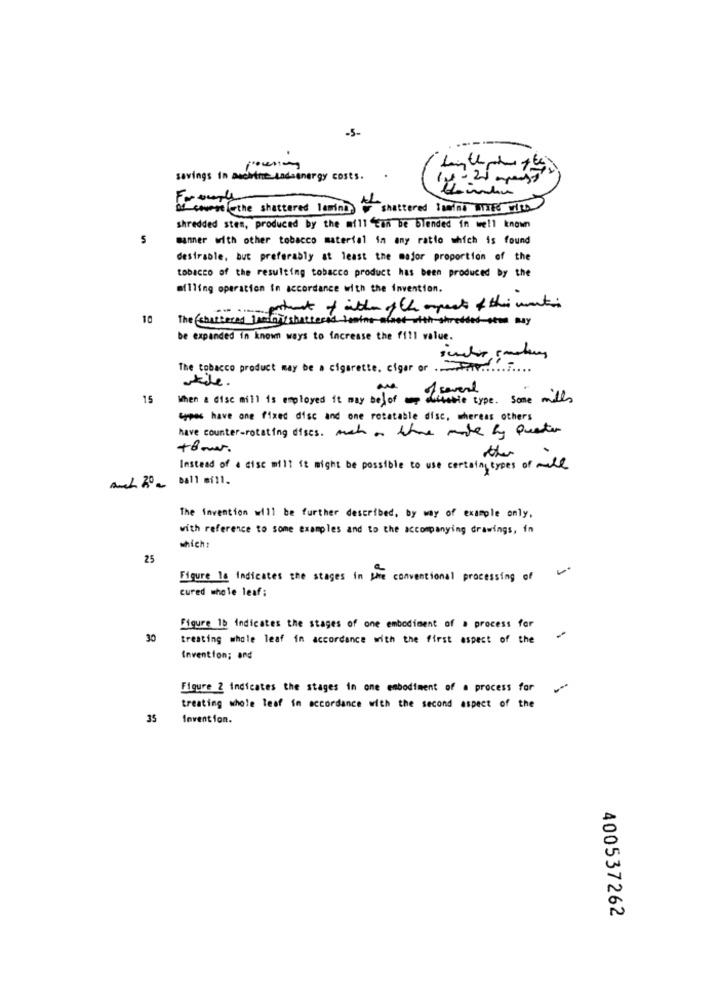
-5-
---
savings in machine Ladsenergy costs.
of course the shattered lamina shattered lowind WITH WILD
shredded stem, produced by the mill con be blended in well known
manner with other tobacco material in any ratio which is found
desirable, but preferably at least the major proportion of the
tobacco of the resulting tobacco product has been produced by the
aflling operation in accordance with the invention.
10
The chartered heinj shattered teatro met with shredded sto may
be expanded in known ways to increase the fill value.
The tobacco product may be a cigarette. cigar or .......
wkile .
15
When a disc mill is employed it may befor several
Literie type. some mills
types have one fixed disc and one rotatable disc, whereas others
have counter-rotating dises. much a the made by Quarter
+8 mar.
Instead of a cise mill it might be possible to use certain types of male
Auch 20e ball will.
The invention will be further described, by way of example only,
with reference to some examples and to the accompanying drawings, in
which:
25
Figure Is Indicates the stages in the conventional processing of
cured whole leaf;
Figure 1b indicates the stages of one embodiment of a process for
30
treating whole leaf in accordance with the first aspect of the
Invention; and
Figure 2 indicates the stages in one embodiment of a process for
treating whole leaf in accordance with the second aspect of the
Invent fon.
400537262